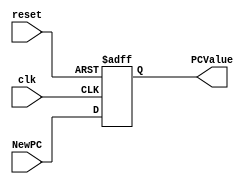
/******************************************************************
* Description
*	This is a register of 32-bit that corresponds to the PC counter. 
*	This register does not have an enable signal.
* Version:
*	1.0
* Author:
*	Dr. Jos Luis Pizano Escalante
* email:
*	luispizano@iteso.mx
* Date:
*	01/03/2014
******************************************************************/

module PC_Register
#(
	parameter N=32
)
(
	input clk,
	input reset,
	input  [N-1:0] NewPC,
	
	
	output reg [N-1:0] PCValue
);

always@(negedge reset or posedge clk) begin
	if(reset==0)
		PCValue <= 'h400_000; //empezaremos la ROM 400000
	else	
		PCValue<=NewPC;
end

endmodule